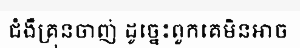
ជំងឺគ្រុនចាញ់ ដូច្នេះពួកគេមិនអាច